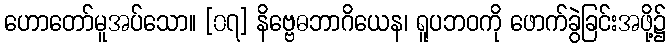
ဟောတော်မူအပ်သော။ [၀၇] နိဗ္ဗေဓဘာဂိယေန၊ ရူပဘဝကို ဖောက်ခွဲခြင်းအဖို့၌